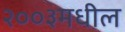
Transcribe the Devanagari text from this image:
२००३मधील